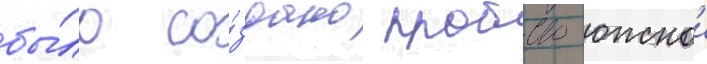
бы́ло со́здано пробство южнои